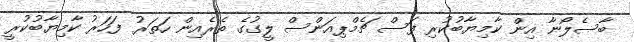
ބާސެލޯނާ އިން ކާމިޔާބުކުރި ފަސް ޗެމްޕިއަންސް ލީގުގެ ތެރެއިން ހަތަރު ފަހަރު ކާމިޔާބުކުރީ